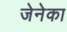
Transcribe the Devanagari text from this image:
जेनेका